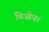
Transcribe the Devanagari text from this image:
थिओवर